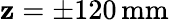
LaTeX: \mathbf{z}=\pm120\, \mathrm{{mm}}